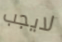
لايجب